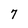
Character: 7